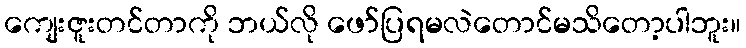
ကျေးဇူးတင်တာကို ဘယ်လို ဖော်ပြရမလဲတောင်မသိတော့ပါဘူး။